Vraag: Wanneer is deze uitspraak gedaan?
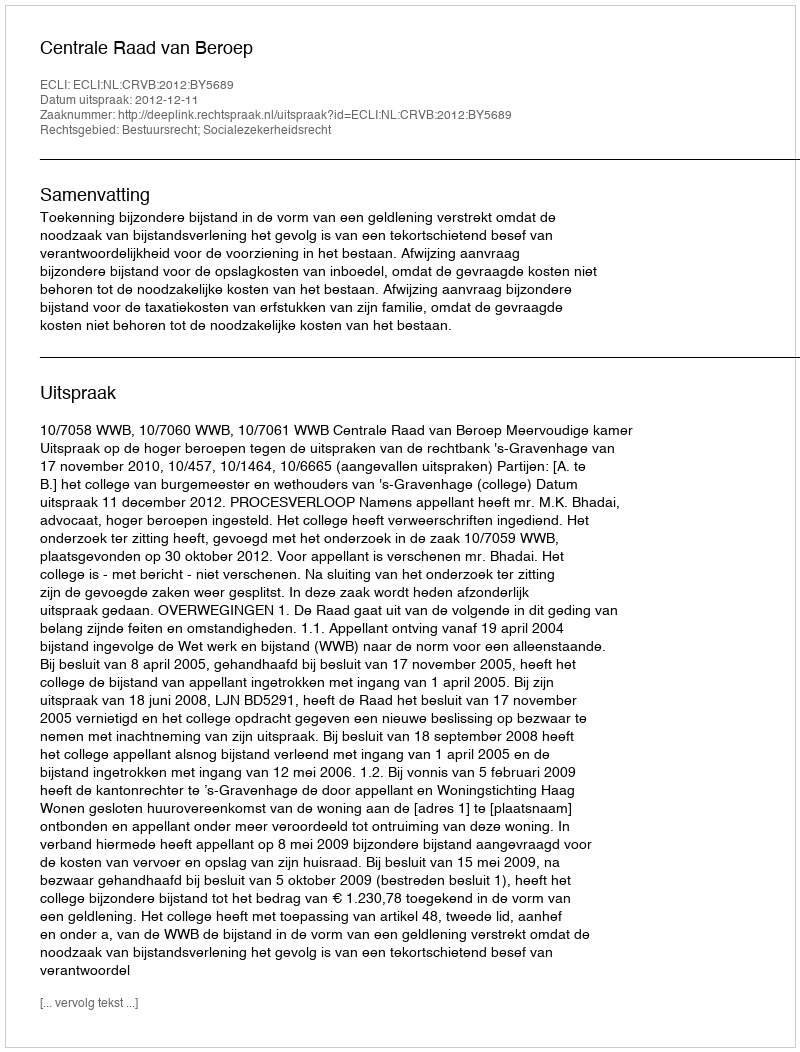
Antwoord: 2012-12-11